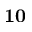
\bf { 1 0 }